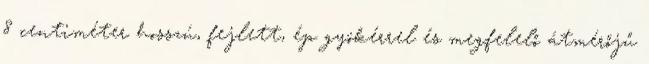
8 centiméter hosszú, fejlett, ép gyökérrel és megfelelő átmérőjű